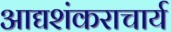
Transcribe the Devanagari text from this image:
आद्यशंकराचार्य